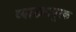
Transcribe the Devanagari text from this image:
व्याख्यापूरक